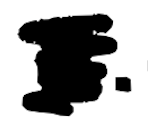
Text: R.
Cross-out: scratch
Writing tool: digital_black